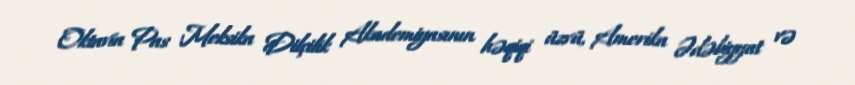
Oktavia Pas Meksika Dilçilik Akademiyasının həqiqi üzvü, Amerika Ədəbiyyat və